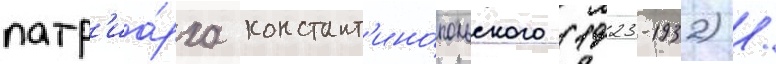
патр'иа́рха констант'ино́польского (1923-1932) /